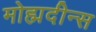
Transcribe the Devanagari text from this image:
मोह्मदीन्स